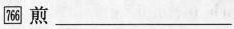
\boxed{766} 煎 ___